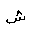
Letter: _shin